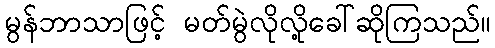
မွန်ဘာသာဖြင့် မတ်မွဲလိုလို့ခေါ်ဆိုကြသည်။